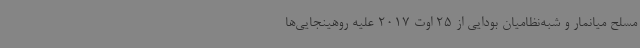
مسلح میانمار و شبه‌نظامیان بودایی از 25 اوت 2017 علیه روهینجایی‌ها